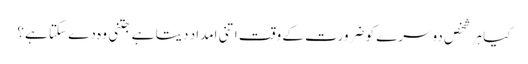
کیا ہر شخص دوسرے کو ضرورت کے وقت اتنی امداد دیتا ہے جتنی وہ دے سکتا ہے؟